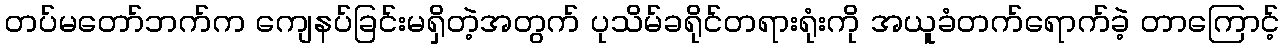
တပ်မတော်ဘက်က ကျေနပ်ခြင်းမရှိတဲ့အတွက် ပုသိမ်ခရိုင်တရားရုံးကို အယူခံတက်ရောက်ခဲ့ တာကြောင့်